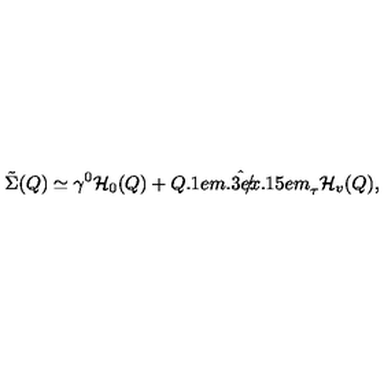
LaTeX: \tilde { \Sigma } ( Q ) \simeq \gamma ^ { 0 } { \cal H } _ { 0 } ( Q ) + \hat { { Q \kern - 0 . 1 e m \raise 0 . 3 e x \llap { / } \kern 0 . 1 5 e m \relax } } _ { \tau } { \cal H } _ { v } ( Q ) ,